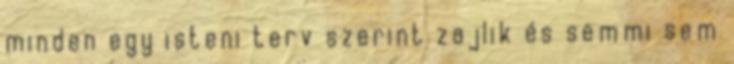
minden egy isteni terv szerint zajlik és semmi sem